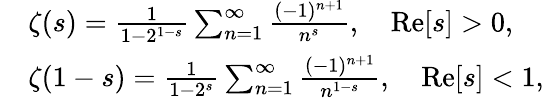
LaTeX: \begin{array}{rl}&{\zeta(s)=\frac{1}{1-2^{1-s}}\sum_{n=1}^{\infty}\frac{(-1)^{n+1}}{n^{s}},\quad\mathrm{Re}[s]>0,}\\ &{\zeta(1-s)=\frac{1}{1-2^{s}}\sum_{n=1}^{\infty}\frac{(-1)^{n+1}}{n^{1-s}},\quad\mathrm{Re}[s]<1,}\end{array}